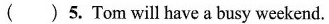
( )5. Tom will have a busy weekend.